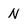
Character: N